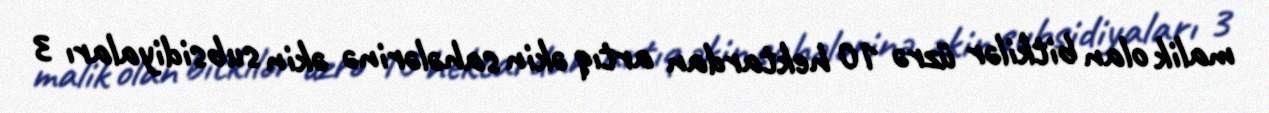
malik olan bitkilər üzrə 10 hektardan artıq əkin sahələrinə əkin subsidiyaları 3